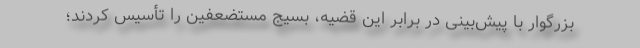
بزرگوار با پیش‌بینی در برابر این قضیه، بسیج مستضعفین را تأسیس کردند؛